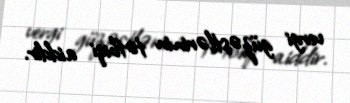
vergi güzəştlərinin tətbiqi aiddir.